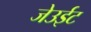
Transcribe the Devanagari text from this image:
जेउईट